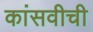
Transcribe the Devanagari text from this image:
कांसवीची